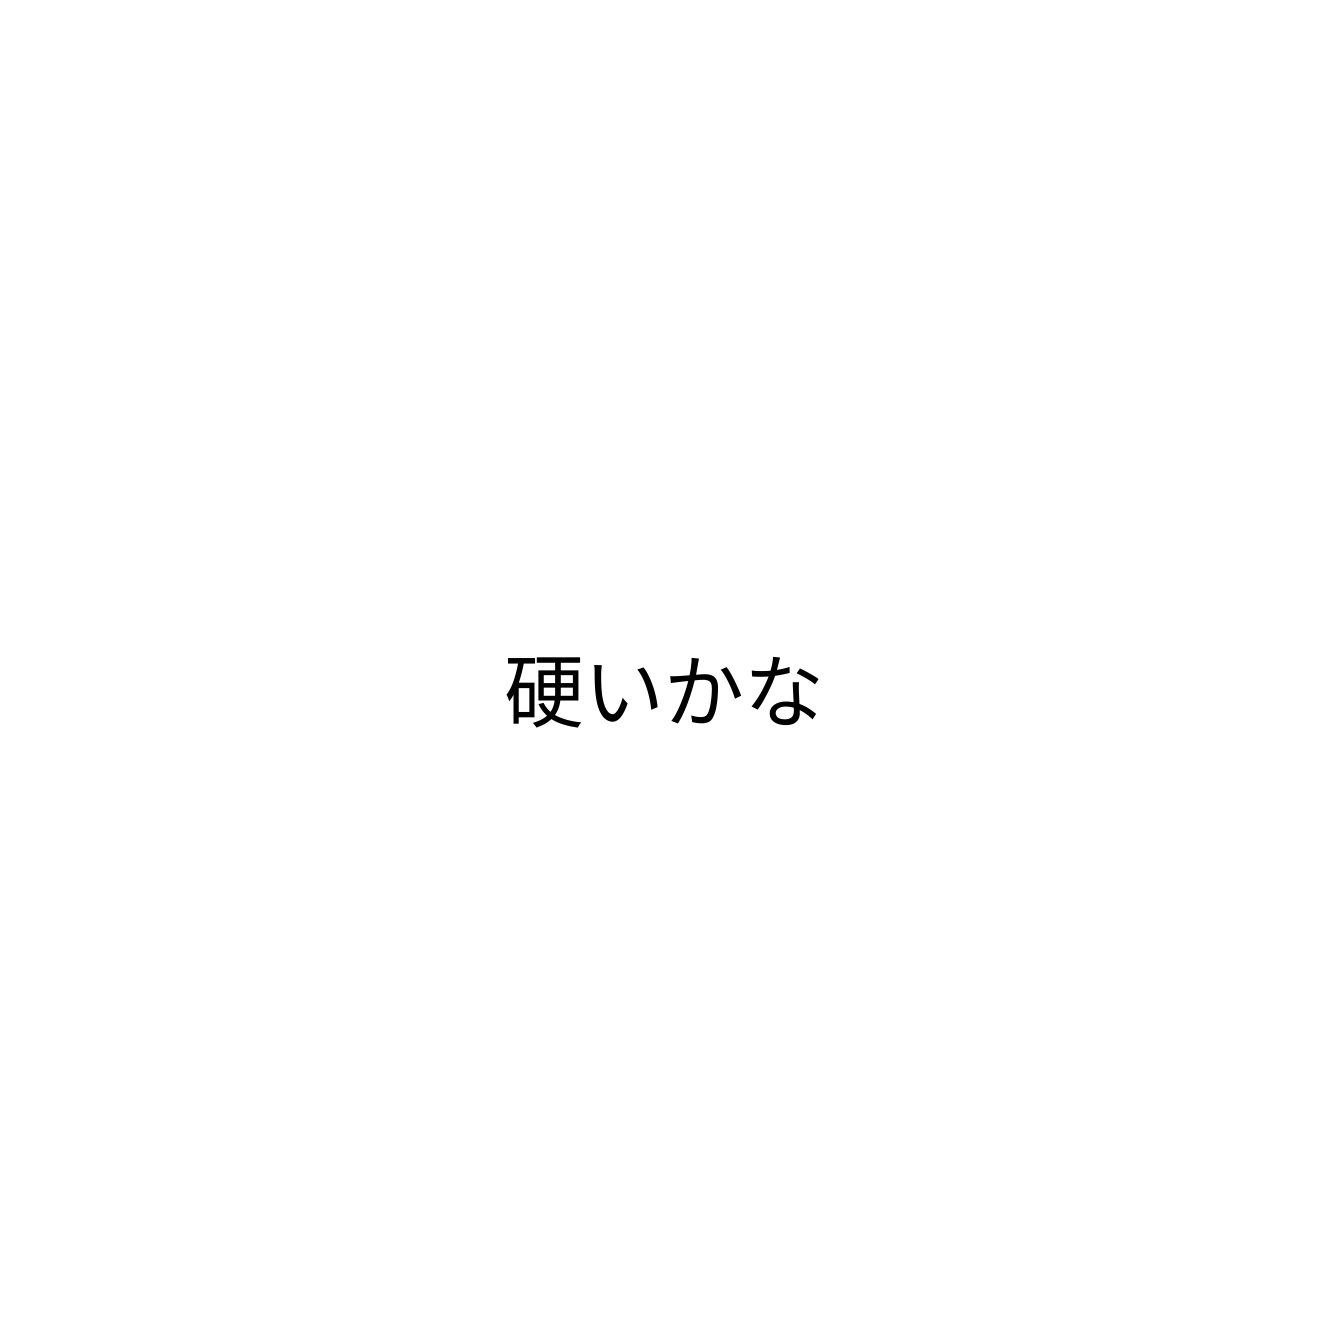
硬いかな